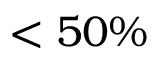
\textless 5 0 \%